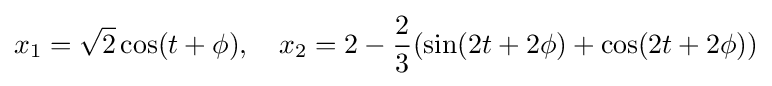
x_{1}={\sqrt {2}}\cos(t+\phi ),\quad x_{2}=2-{\frac {2}{3}}(\sin(2t+2\phi )+\cos(2t+2\phi ))